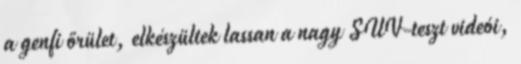
a genfi őrület, elkészültek lassan a nagy SUV-teszt videói,